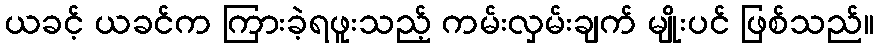
ယခင့် ယခင်က ကြားခဲ့ရဖူးသည့် ကမ်းလှမ်းချက် မျိုးပင် ဖြစ်သည်။